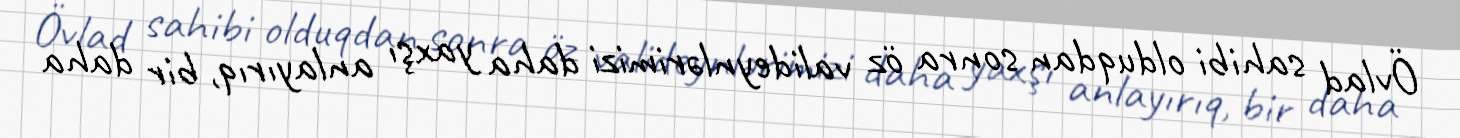
Övlad sahibi olduqdan sonra öz valideynlərimizi daha yaxşı anlayırıq, bir daha